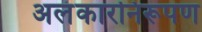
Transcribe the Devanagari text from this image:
अलंकारनिरूपण